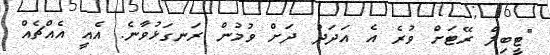
"ޓީބިލް ރޭޓަށް ވުރެ އެ އަދަދު ދަށް ވުމުން ރަނގަޅުވާނެ. އެއީ އެއްޗެއް